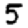
Digit: 5